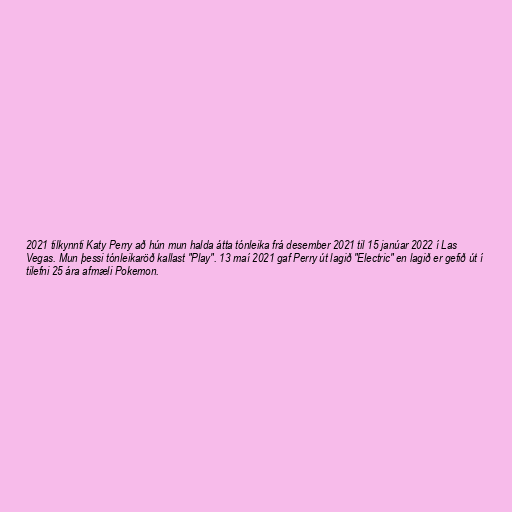
2021 tilkynnti Katy Perry að hún mun halda átta tónleika frá desember 2021 til 15 janúar 2022 í Las
Vegas. Mun þessi tónleikaröð kallast "Play". 13 maí 2021 gaf Perry út lagið "Electric" en lagið er gefið út í
tilefni 25 ára afmæli Pokemon.